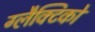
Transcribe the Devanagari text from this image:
ग्‍लैक्टिको